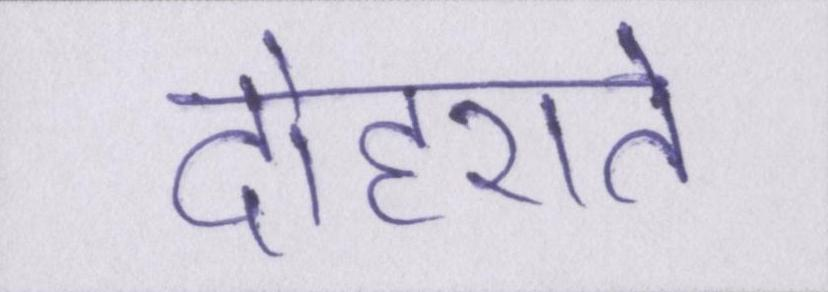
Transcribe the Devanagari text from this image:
दोहराते